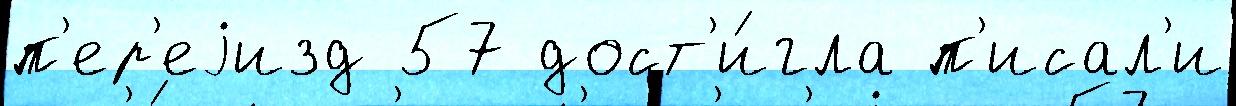
п'ер'еjизд 57 дост'и́гла п'исал'и